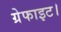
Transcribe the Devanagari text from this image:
ग्रेफाइट।